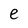
Character: e